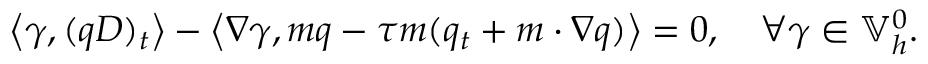
\left\langle \gamma , ( q D ) _ { t } \right\rangle - \left\langle \nabla \gamma , m q - \tau m ( q _ { t } + m \cdot \nabla q ) \right\rangle = 0 , \quad \forall \gamma \in \mathbb { V } _ { h } ^ { 0 } .